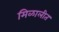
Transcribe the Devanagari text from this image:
मिळालीत